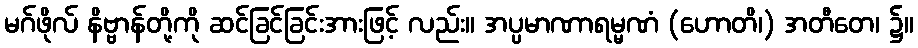
မဂ်ဖိုလ် နိဗ္ဗာန်တို့ကို ဆင်ခြင်ခြင်းအားဖြင့် လည်း။ အပ္ပမာဏာရမ္မဏံ (ဟောတိ၊) အတီတေ၊ ၌။